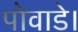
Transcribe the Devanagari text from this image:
पोवाडे।